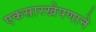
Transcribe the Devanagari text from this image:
एकसारखेपणाने